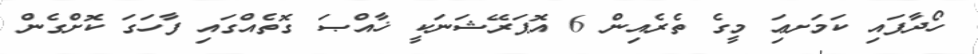
ހޯދާފައި ކަމަށޢަި މީގެ ތެރެއިން 6 އޮޕަރޭޝަނަކީ ޚާއްޞަ ގޮތެއްގައި ފާހަގަ ކޮށްގެން